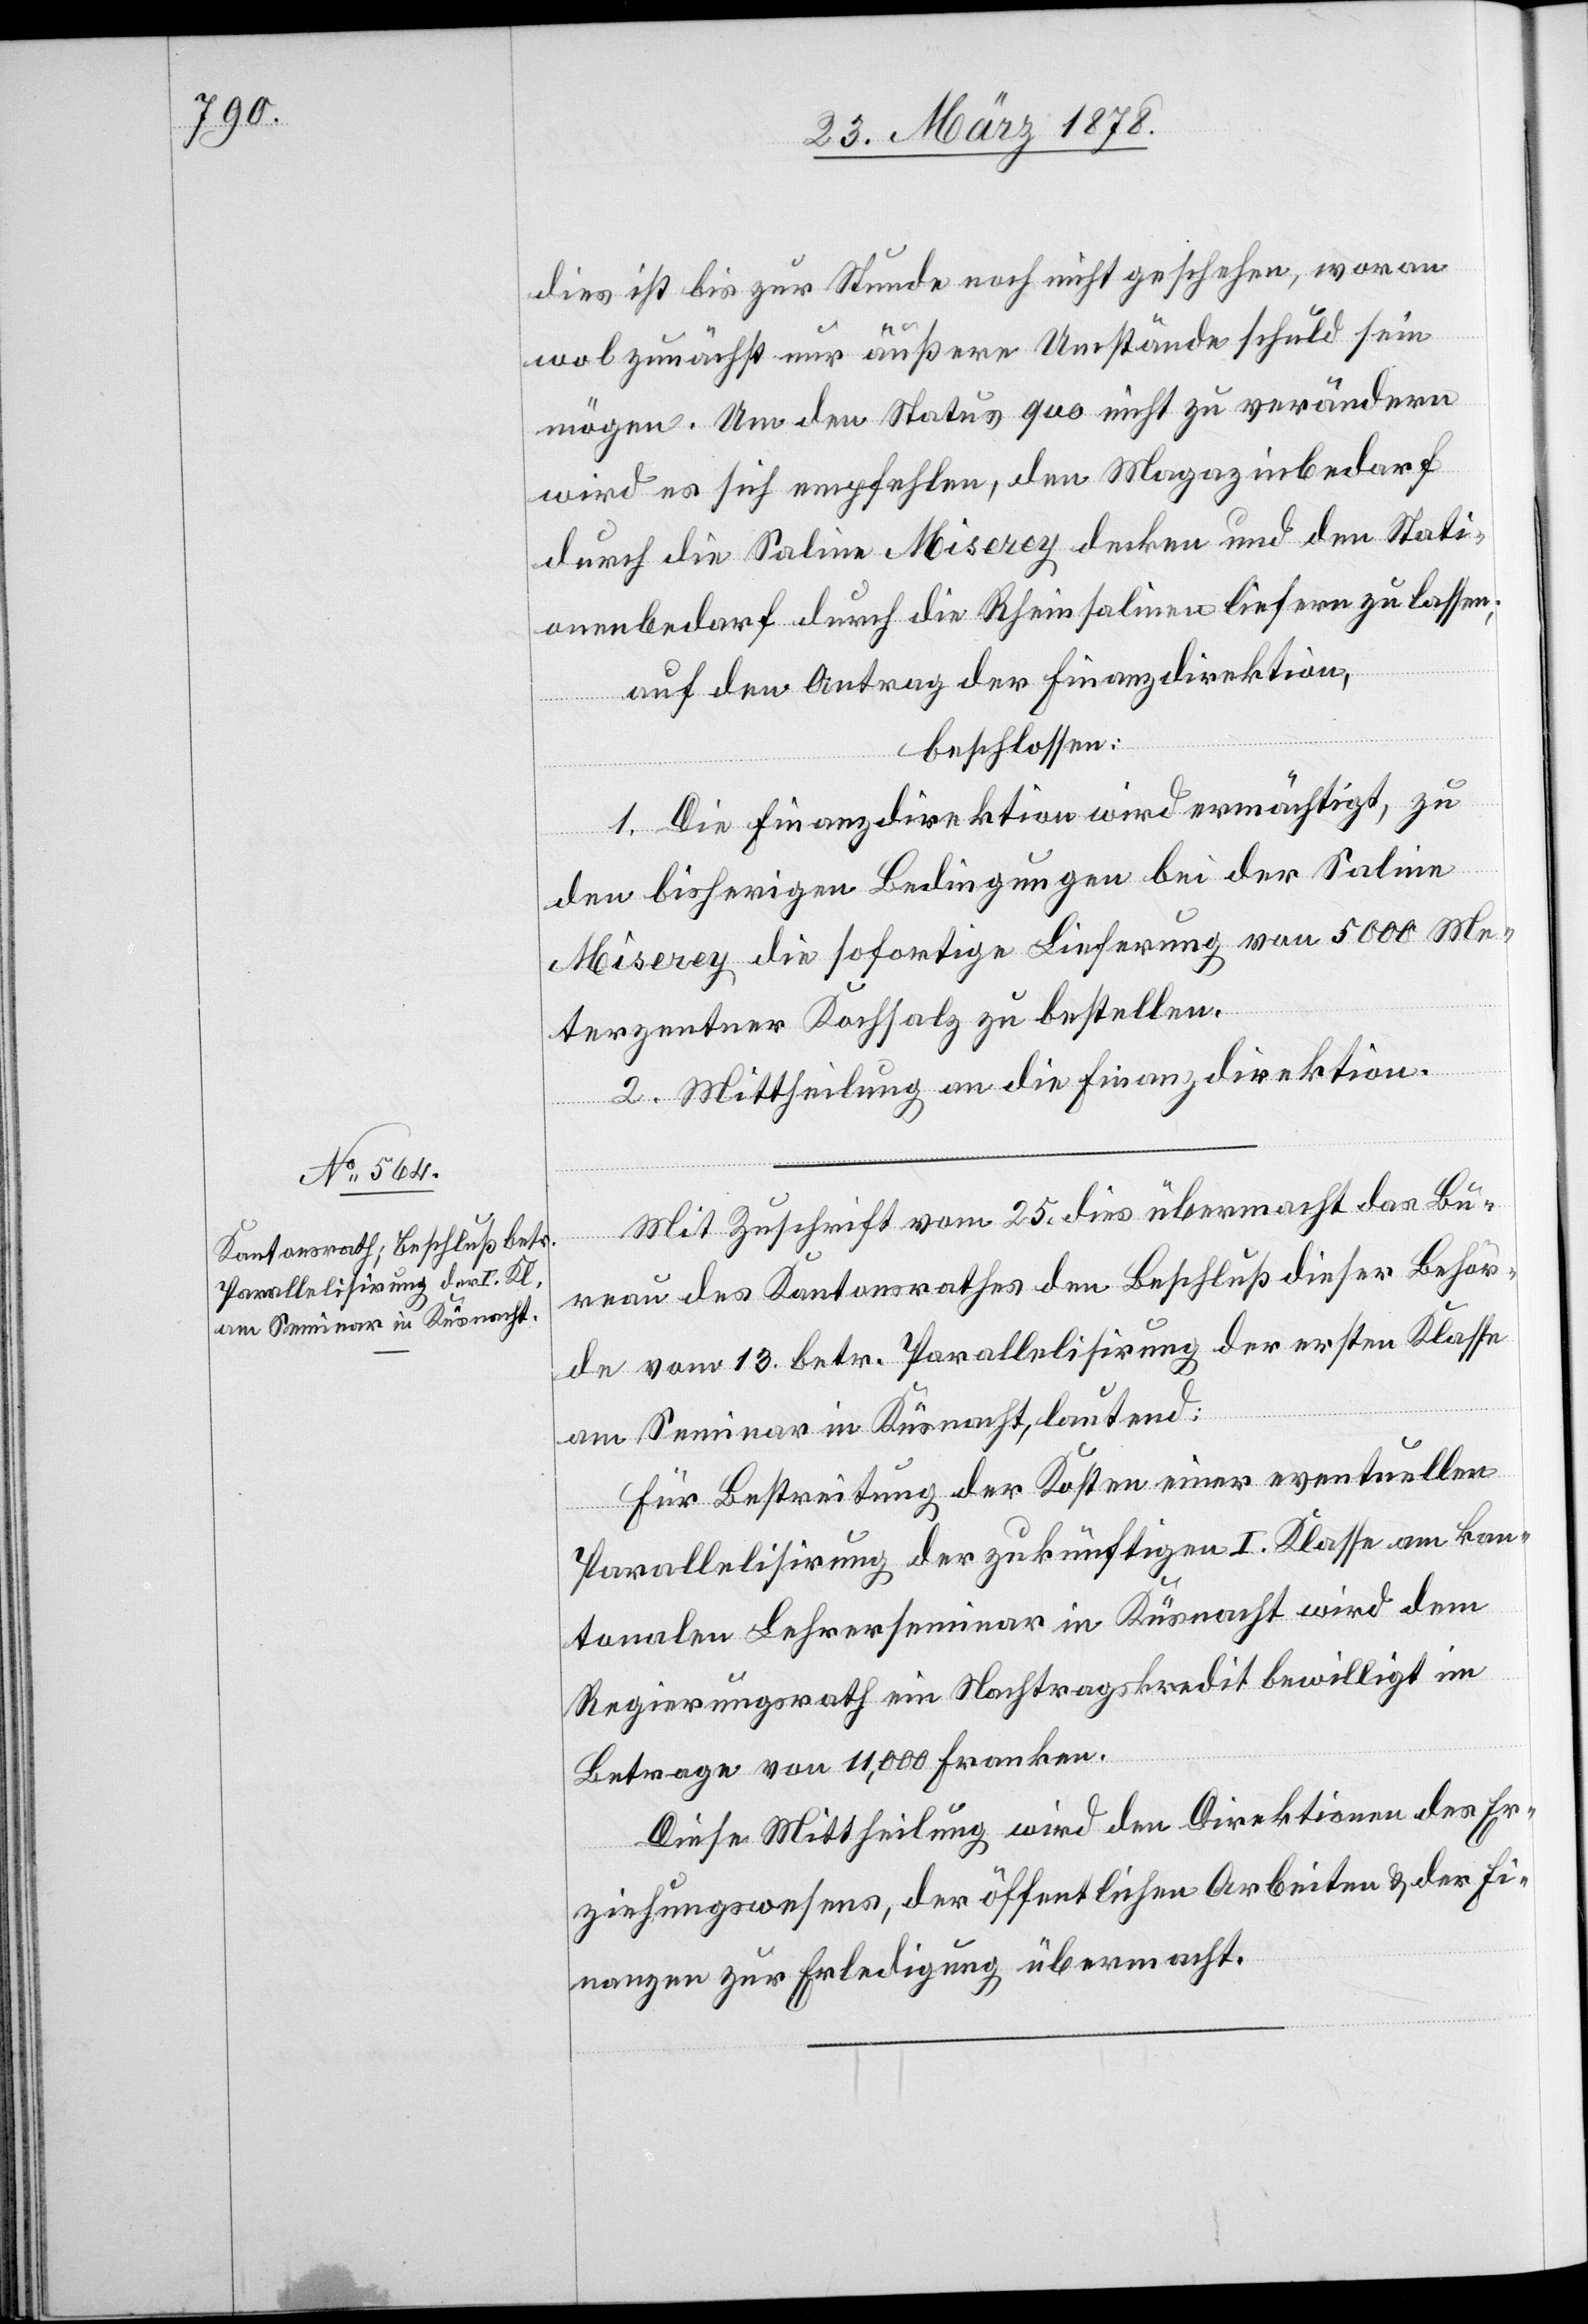
27. März 1878.]
dies ist bis zur Stunde noch nicht geschehen, woran
wol zunächst nur äußere Umstände schuld sein
mögen. Um den Status quo nicht zu verändern
wird es sich empfehlen, den Magazinbedarf
durch die Saline Miserey decken und den Stati¬
onenbedarf durch die Rheinsalinen liefern zu lassen;
auf den Antrag der Finanzdirektion,
beschlossen:
1. Die Finanzdirektion wird ermächtigt, zu
den bisherigen Bedingungen bei der Saline
Miserey die sofortige Lieferung von 5000 Me¬
terzentner Kochsalz zu bestellen.
2. Mittheilung an die Finanzdirektion.
Mit Zuschrift vom 25. dies übermacht das Bu¬
reau des Kantonsrathes den Beschluß dieser Behör¬
de vom 13. betr. Parallelisirung der ersten Klasse
am Seminar in Küsnacht, lautend:
Für Bestreitung der Kosten einer eventuellen
Parallelisirung der zukünftigen I. Klasse am kan¬
tonalen Lehrerseminar in Küsnacht wird dem
Regierungsrath ein Nachtragskredit bewilligt im
Betrage von 11,000 Franken.
Diese Mittheilung wird den Direktionen des Er¬
ziehungswesens, der öffentlichen Arbeiten & der Fi¬
nanzen zur Erledigung übermacht.